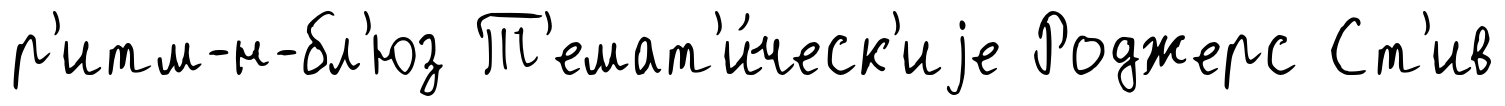
р'итм-н-бл'юз Т'емат'и́ческ'иjе Роджерс Ст'ив